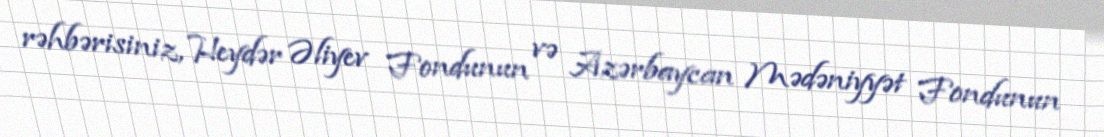
rəhbərisiniz, Heydər Əliyev Fondunun və Azərbaycan Mədəniyyət Fondunun